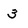
Character: 3